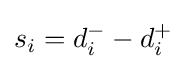
s_{i}=d_{i}^{-}-d_{i}^{+}